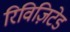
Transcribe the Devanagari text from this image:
रिविज़िटेड